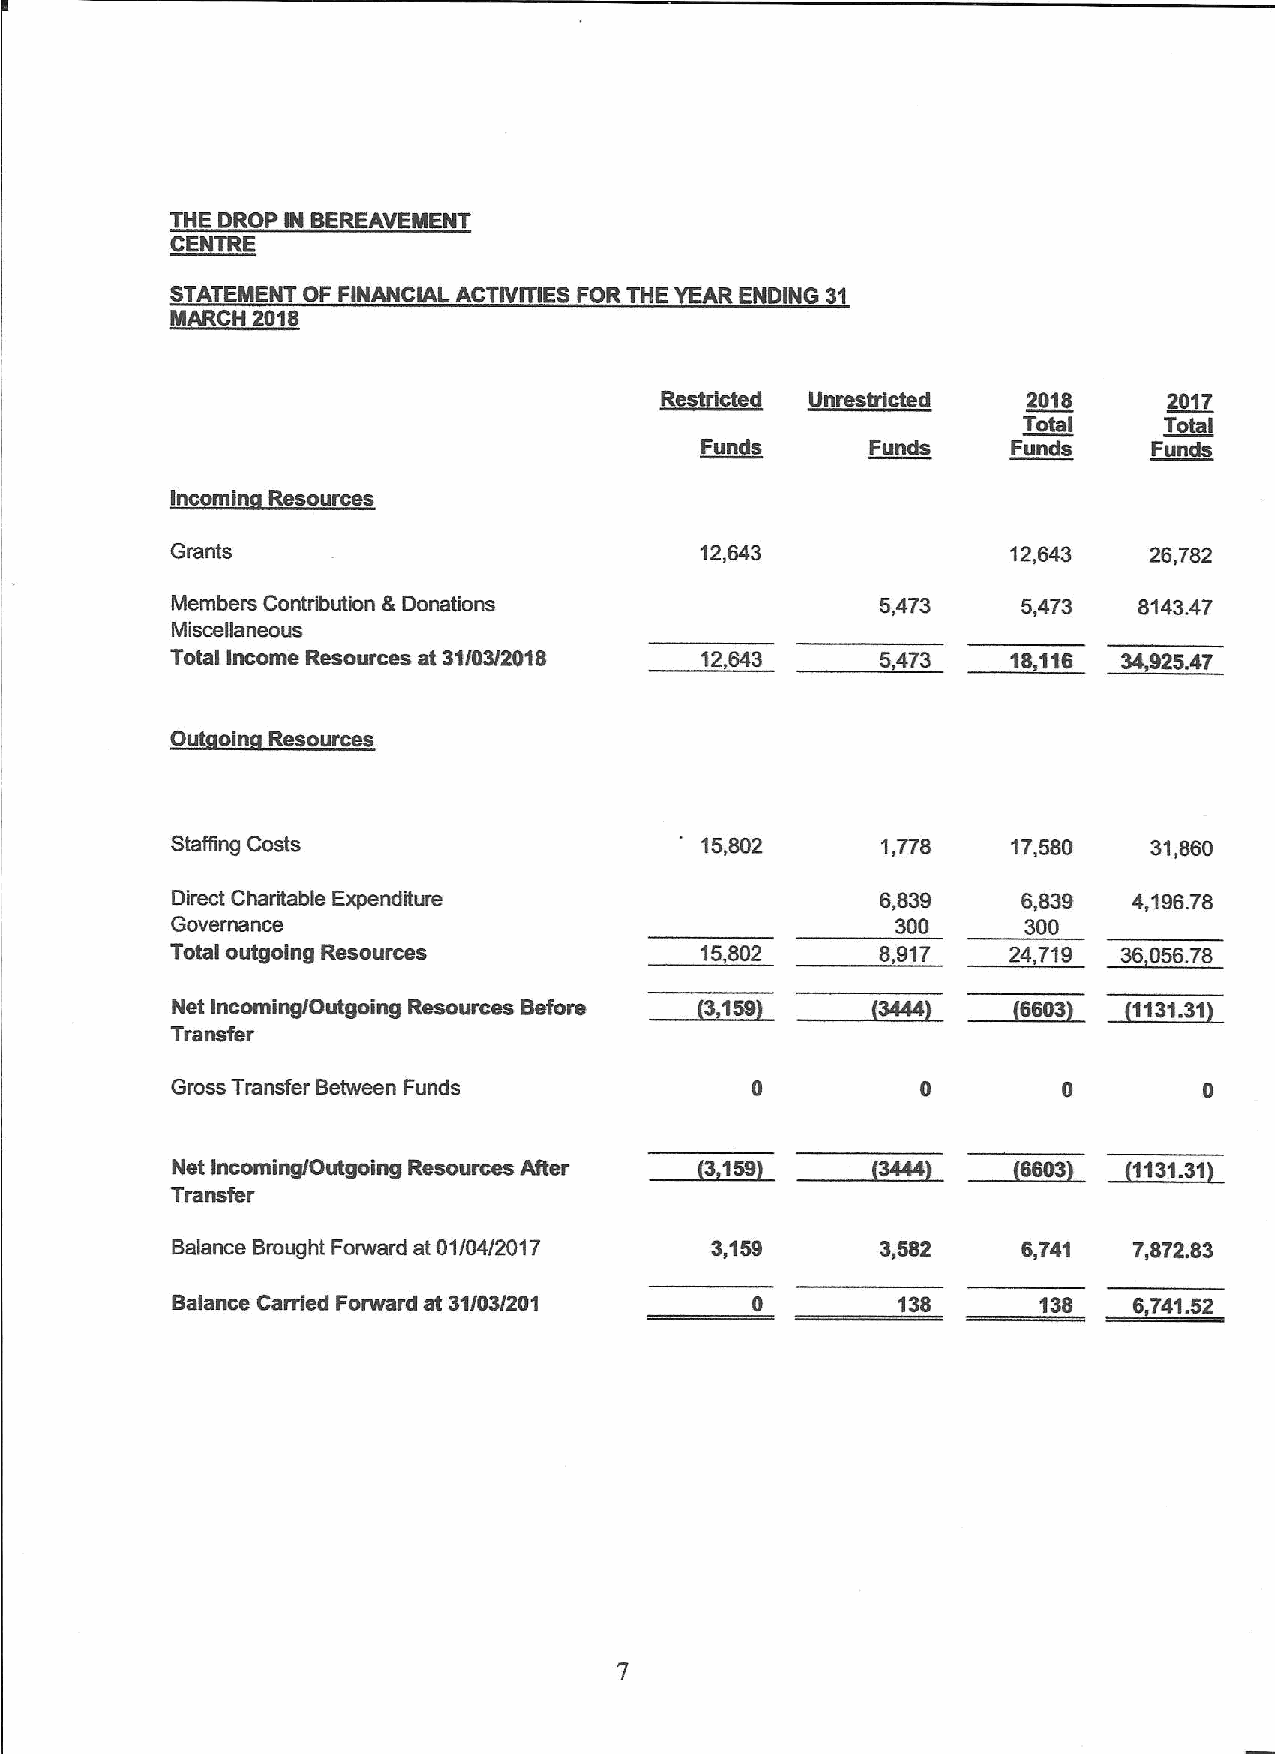
THE DROP IN BEREAVEMENT
 TRE
 ~CE
 STATEMENT OF FINANCIAL ACTIVITIES FOR THE RENDING 31
 MARCH 2018
 Restricted Unrestricted 2018     2017
 Total    'f otal
 Funds       Funds    Funds    Funds
 Incomi Resources
 Grants                             12,643               12643    26 782
 Members Contribution 8 Donations               5,473     5,473  8143.47
 Miscellaneous                                                       42.
 Total Income Resources at 3tl03f2018 12,643    5473     18.115 SR535
 Out oin R sources
 Staffing Costs                     15,802      1,778    17,580   31,860
 Direct Charitable Expenditure                  6,839     6,839  4,196.78
 Governance                                      300      300
 Total outgoing Resources           15802       8,917    24,719 36,056.78
 ~3188     ~3444
 Net IncominglOutgoing Resources Before               ~SRN     ~11313.1
 Transl'ar
 Gross Transfer Between Funds
 8 I I  185108lgSIIISR  All      ~SISS     ~3444      ~8583    ~11313.1
 Transfer
 Balance Brought Forward at 01/04l201 7 3,159   3,582     6,741  7,872.83
 Balance Carried Forward at 31/03/201            138       138   5 141.52